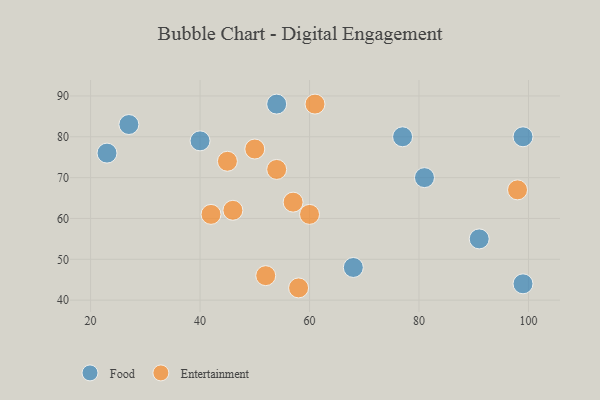
{"axis": {"x": "GDP", "y": "Life Expectancy"}, "legend": ["Entertainment", "Food"], "data": [{"x": "91", "y": 55, "type": "Food"}, {"x": "23", "y": 76, "type": "Food"}, {"x": "68", "y": 48, "type": "Food"}, {"x": "99", "y": 80, "type": "Food"}, {"x": "27", "y": 83, "type": "Food"}, {"x": "40", "y": 79, "type": "Food"}, {"x": "81", "y": 70, "type": "Food"}, {"x": "77", "y": 80, "type": "Food"}, {"x": "99", "y": 44, "type": "Food"}, {"x": "54", "y": 88, "type": "Food"}, {"x": "46", "y": 62, "type": "Entertainment"}, {"x": "58", "y": 43, "type": "Entertainment"}, {"x": "50", "y": 77, "type": "Entertainment"}, {"x": "52", "y": 46, "type": "Entertainment"}, {"x": "42", "y": 61, "type": "Entertainment"}, {"x": "45", "y": 74, "type": "Entertainment"}, {"x": "57", "y": 64, "type": "Entertainment"}, {"x": "60", "y": 61, "type": "Entertainment"}, {"x": "61", "y": 88, "type": "Entertainment"}, {"x": "54", "y": 72, "type": "Entertainment"}, {"x": "98", "y": 67, "type": "Entertainment"}]}